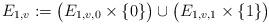
LaTeX: \begin{align*} E_{1,v}:=\big(E_{1,v,0}\times\{0\}\big)\cup\big(E_{1,v,1}\times\{1\}\big)\end{align*}